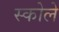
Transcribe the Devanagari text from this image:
स्कोले